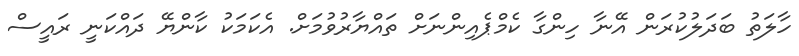
ހާލަތު ބަދަލުކުރަން އޭނާ ހިންގާ ކެމްޕެއިންނަށް ތައްޔާރުވުމަށް. އެކަމަކު ކާންޔޭ ދައްކަނީ ރައީސް